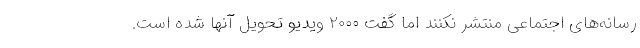
رسانه‌های اجتماعی منتشر نکنند اما گفت ۲۰۰۰ ویدیو تحویل آنها شده است.